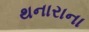
થનારાના